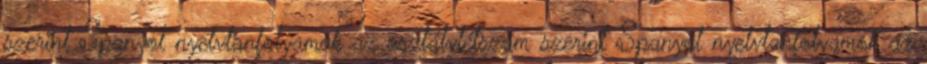
szerint Spanyol nyelvtanfolyamok az osztálylétszám szerint Spanyol nyelvtanfolyamok az